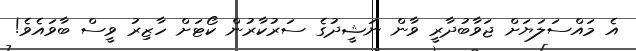
އެ މައްސަލަޔަށް ޖަވާބުދާރީ ވާން ނަޝީދުގެ ސަރުކާރުން ކޯޓަށް ހާޒިރު ވީސް ބާވައެވެ!